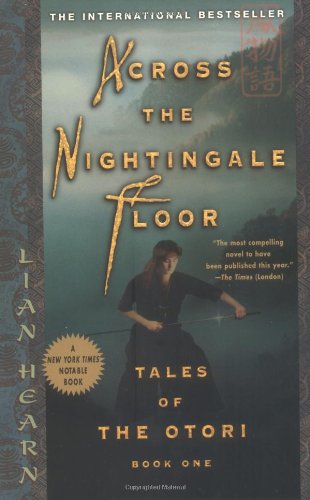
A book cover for Across the Nightingale Floor (Tales of the Otori, Book 1); Lian Hearn; Science Fiction & Fantasy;